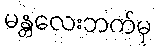
မန္တလေးဘက်မှ